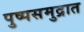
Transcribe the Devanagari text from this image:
पुष्पसमुद्रात